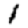
Digit: 1